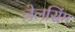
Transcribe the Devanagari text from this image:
जेलसिंग